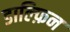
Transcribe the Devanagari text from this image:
डाल्फ़िन